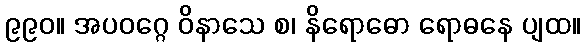
၉၉၀။ အပဝဂ္ဂေ ဝိနာသေ စ၊ နိရောဓော ရောဓနေ ပျထ။